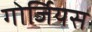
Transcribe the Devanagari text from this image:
गोर्जियस